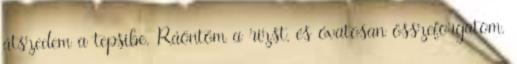
átszedem a tepsibe. Ráöntöm a rizst, és óvatosan összeforgatom.